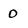
Character: 0